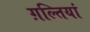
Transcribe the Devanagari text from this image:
ग़ल्तियां